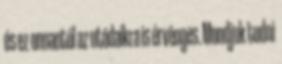
és ez onnantól az utódaikra is érvényes. Mondjuk tudni